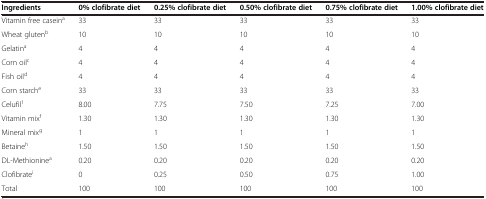
<table><thead><tr><td><b>Ingredients</b></td><td><b>0% clofibrate diet</b></td><td><b>0.25% clofibrate diet</b></td><td><b>0.50% clofibrate diet</b></td><td><b>0.75% clofibrate diet</b></td><td><b>1.00% clofibrate diet</b></td></tr></thead><tbody><tr><td>Vitamin free casein<sup>a</sup></td><td>33</td><td>33</td><td>33</td><td>33</td><td>33</td></tr><tr><td>Wheat gluten<sup>b</sup></td><td>10</td><td>10</td><td>10</td><td>10</td><td>10</td></tr><tr><td>Gelatin<sup>a</sup></td><td>4</td><td>4</td><td>4</td><td>4</td><td>4</td></tr><tr><td>Corn oil<sup>c</sup></td><td>4</td><td>4</td><td>4</td><td>4</td><td>4</td></tr><tr><td>Fish oil<sup>d</sup></td><td>4</td><td>4</td><td>4</td><td>4</td><td>4</td></tr><tr><td>Corn starch<sup>e</sup></td><td>33</td><td>33</td><td>33</td><td>33</td><td>33</td></tr><tr><td>Celufil<sup>1</sup></td><td>8.00</td><td>7.75</td><td>7.50</td><td>7.25</td><td>7.00</td></tr><tr><td>Vitamin mix<sup>f</sup></td><td>1.30</td><td>1.30</td><td>1.30</td><td>1.30</td><td>1.30</td></tr><tr><td>Mineral mix<sup>g</sup></td><td>1</td><td>1</td><td>1</td><td>1</td><td>1</td></tr><tr><td>Betaine<sup>h</sup></td><td>1.50</td><td>1.50</td><td>1.50</td><td>1.50</td><td>1.50</td></tr><tr><td>DL-Methionine<sup>a</sup></td><td>0.20</td><td>0.20</td><td>0.20</td><td>0.20</td><td>0.20</td></tr><tr><td>Clofibrate<sup>i</sup></td><td>0</td><td>0.25</td><td>0.50</td><td>0.75</td><td>1.00</td></tr><tr><td>Total</td><td>100</td><td>100</td><td>100</td><td>100</td><td>100</td></tr></tbody></table>